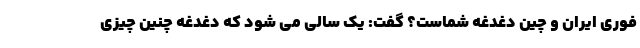
فوری ایران و چین دغدغه شماست؟ گفت: یک سالی می شود که دغدغه چنین چیزی